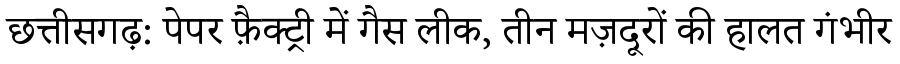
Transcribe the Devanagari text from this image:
छत्तीसगढ़: पेपर फ़ैक्ट्री में गैस लीक, तीन मज़दूरों की हालत गंभीर